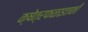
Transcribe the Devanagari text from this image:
क्षेत्रफळाइतकी